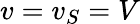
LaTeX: v=v_{S}=V